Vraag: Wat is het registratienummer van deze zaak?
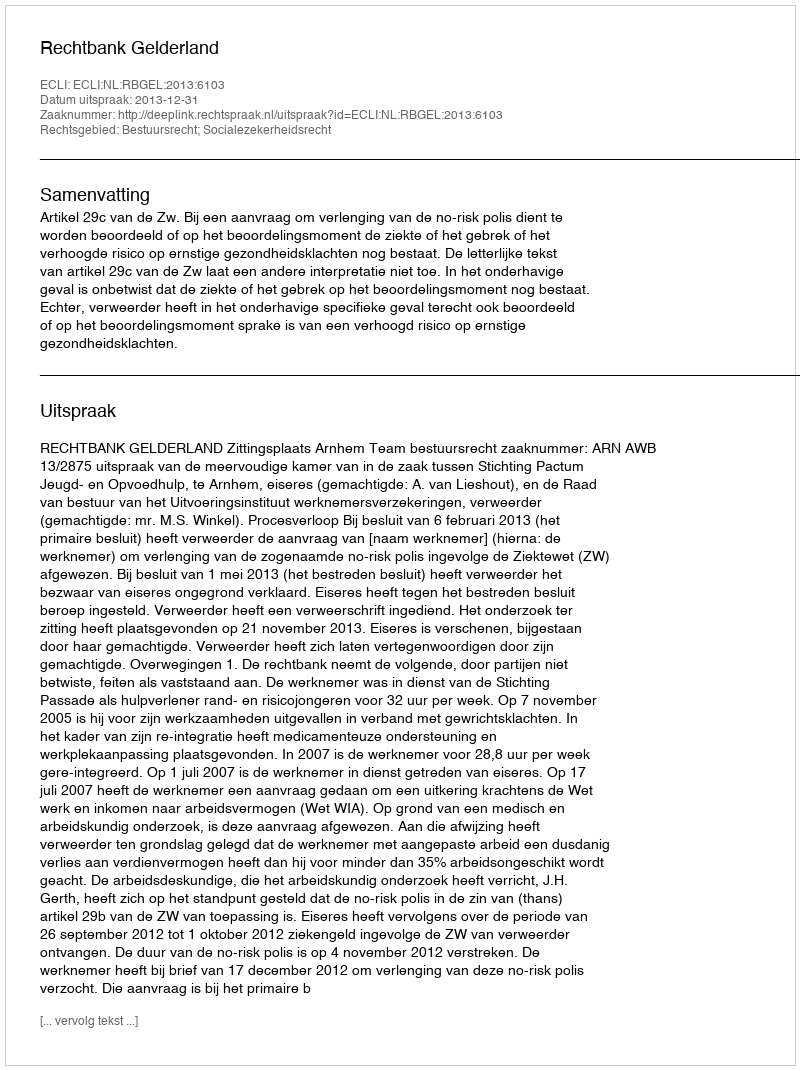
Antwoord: http://deeplink.rechtspraak.nl/uitspraak?id=ECLI:NL:RBGEL:2013:6103